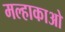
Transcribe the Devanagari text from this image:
मल्हाकाओ